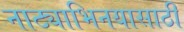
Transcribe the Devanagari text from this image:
नाट्याभिनयासाठी